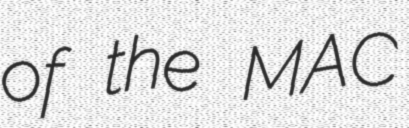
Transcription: of the MAC